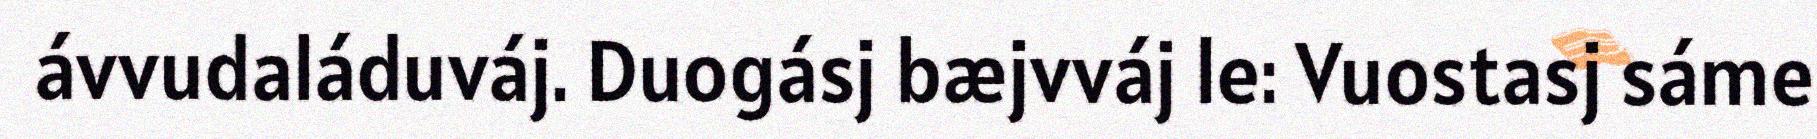
ávvudaláduváj. Duogásj bæjvváj le: Vuostasj sáme